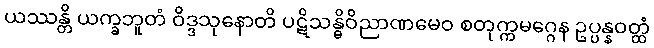
ယဿန္တိ ယက္ခဘူတံ ဝိဒ္ဒသုနောတိ ပဋိသန္ဓိဝိညာဏမေဝ စတုက္ကမဂ္ဂေန ဥပ္ပန္နဝတ္ထံ